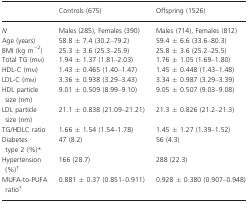
<table><thead><tr><td></td><td><b>Controls (675)</b></td><td><b>Offspring (1526)</b></td></tr></thead><tbody><tr><td><i>N</i></td><td>Males (285), Females (390)</td><td>Males (714), Females (812)</td></tr><tr><td>Age (years)</td><td>58.8 ± 7.4 (30.2–79.2)</td><td>59.4 ± 6.6 (33.6–80.3)</td></tr><tr><td>BMI (kg m<sup>−2</sup>)</td><td>25.3 ± 3.6 (25.3–25.9)</td><td>25.8 ± 3.6 (25.2–25.5)</td></tr><tr><td>Total TG (mm)</td><td>1.94 ± 1.37 (1.81–2.03)</td><td>1.76 ± 1.05 (1.69–1.80)</td></tr><tr><td>HDL-C (mm)</td><td>1.43 ± 0.465 (1.40–1.47)</td><td>1.45 ± 0.448 (1.43–1.48)</td></tr><tr><td>LDL-C (mm)</td><td>3.36 ± 0.938 (3.29–3.43)</td><td>3.34 ± 0.987 (3.29–3.39)</td></tr><tr><td>HDL particle size (nm)</td><td>9.01 ± 0.509 (8.99–9.10)</td><td>9.05 ± 0.507 (9.03–9.08)</td></tr><tr><td>LDL particle size (nm)</td><td>21.1 ± 0.838 (21.09–21.21)</td><td>21.3 ± 0.826 (21.2–21.3)</td></tr><tr><td>TG/HDLC ratio</td><td>1.66 ± 1.54 (1.54–1.78)</td><td>1.45 ± 1.27 (1.39–1.52)</td></tr><tr><td>Diabetes type 2 (%)*</td><td>47 (8.2)</td><td>56 (4.3)</td></tr><tr><td>Hypertension (%)†</td><td>166 (28.7)</td><td>288 (22.3)</td></tr><tr><td>MUFA-to-PUFA ratio†</td><td>0.881 ± 0.37 (0.851–0.911)</td><td>0.928 ± 0.380 (0.907–0.948)</td></tr></tbody></table>